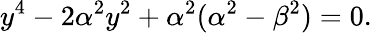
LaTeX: y^{4}-2\alpha^{2}y^{2}+\alpha^{2}(\alpha^{2}-\beta^{2})=0.